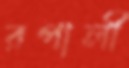
রপালী